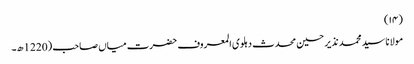
(۱۴)
مولانا سید محمد نذیر حسین محدث دہلوی المعروف حضرت میاں صاحب (1220ھ۔